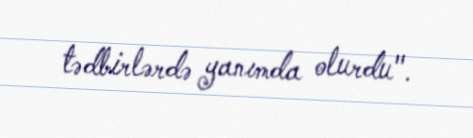
tədbirlərdə yanımda olurdu".